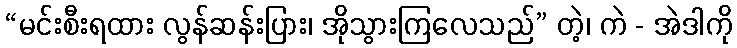
“မင်းစီးရထား လွန်ဆန်းပြား၊ အိုသွားကြလေသည်” တဲ့၊ ကဲ - အဲဒါကို